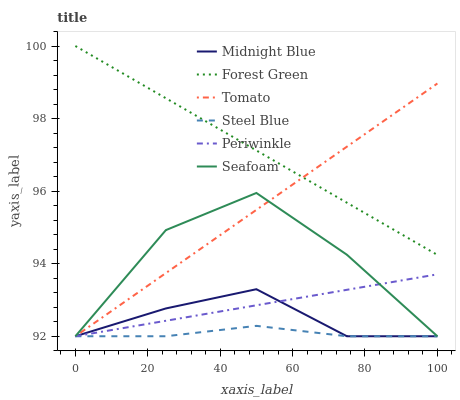
| xaxis_label | Midnight Blue | Forest Green | Tomato | Steel Blue | Periwinkle | Seafoam |
 | --- | --- | --- | --- | --- | --- | --- |
 | 0 | 92 | 100 | 92 | 92 | 92 | 92 |
 | 25 | 92.8 | 98.6 | 93.7 | 92 | 92.4 | 94.9 |
 | 50 | 93.3 | 97.1 | 95.5 | 92.3 | 92.9 | 95.9 |
 | 75 | 92 | 95.7 | 97.2 | 92 | 93.3 | 94.2 |
 | 100 | 92 | 94.2 | 99 | 92 | 93.7 | 92 |